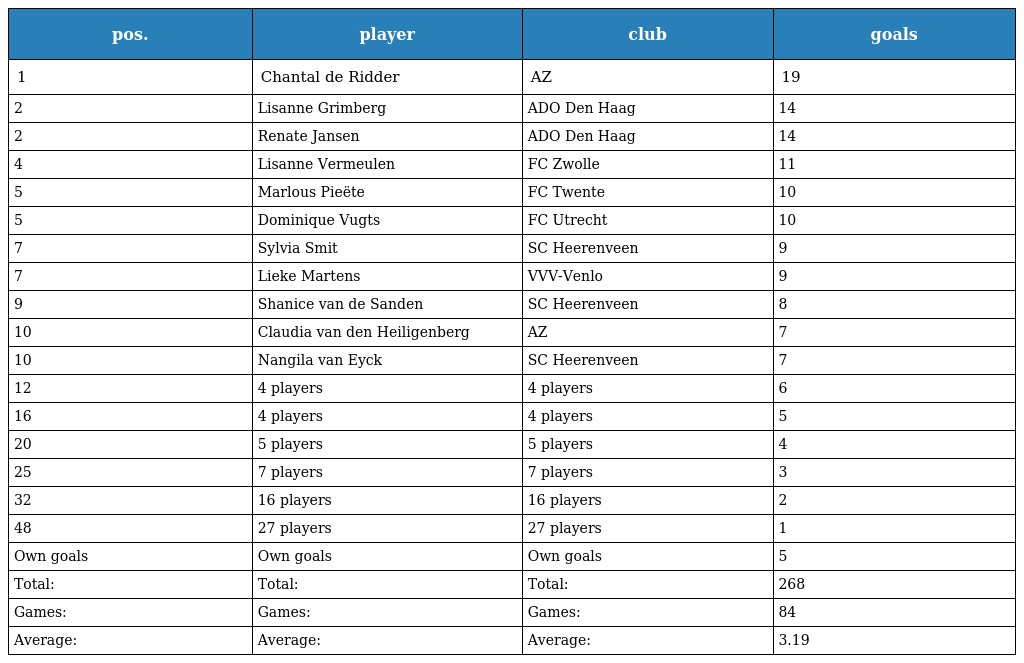
| pos. | player | club | goals |
 | --- | --- | --- | --- |
 | 1 | Chantal de Ridder | AZ | 19 |
 | 2 | Lisanne Grimberg | ADO Den Haag | 14 |
 | 2 | Renate Jansen | ADO Den Haag | 14 |
 | 4 | Lisanne Vermeulen | FC Zwolle | 11 |
 | 5 | Marlous Pieëte | FC Twente | 10 |
 | 5 | Dominique Vugts | FC Utrecht | 10 |
 | 7 | Sylvia Smit | SC Heerenveen | 9 |
 | 7 | Lieke Martens | VVV-Venlo | 9 |
 | 9 | Shanice van de Sanden | SC Heerenveen | 8 |
 | 10 | Claudia van den Heiligenberg | AZ | 7 |
 | 10 | Nangila van Eyck | SC Heerenveen | 7 |
 | 12 | 4 players | 4 players | 6 |
 | 16 | 4 players | 4 players | 5 |
 | 20 | 5 players | 5 players | 4 |
 | 25 | 7 players | 7 players | 3 |
 | 32 | 16 players | 16 players | 2 |
 | 48 | 27 players | 27 players | 1 |
 | Own goals | Own goals | Own goals | 5 |
 | Total: | Total: | Total: | 268 |
 | Games: | Games: | Games: | 84 |
 | Average: | Average: | Average: | 3.19 |